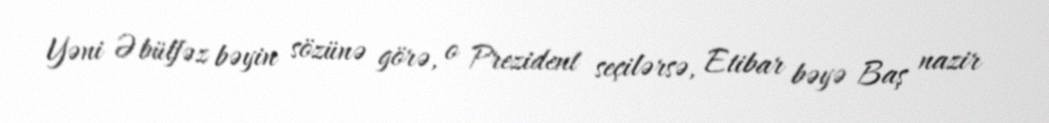
Yəni Əbülfəz bəyin sözünə görə, o Prezident seçilərsə, Etibar bəyə Baş nazir